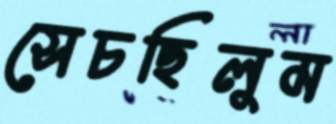
সেচছিলুম